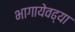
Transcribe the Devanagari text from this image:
भागायेवढ्या